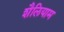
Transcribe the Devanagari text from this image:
शैलियाम